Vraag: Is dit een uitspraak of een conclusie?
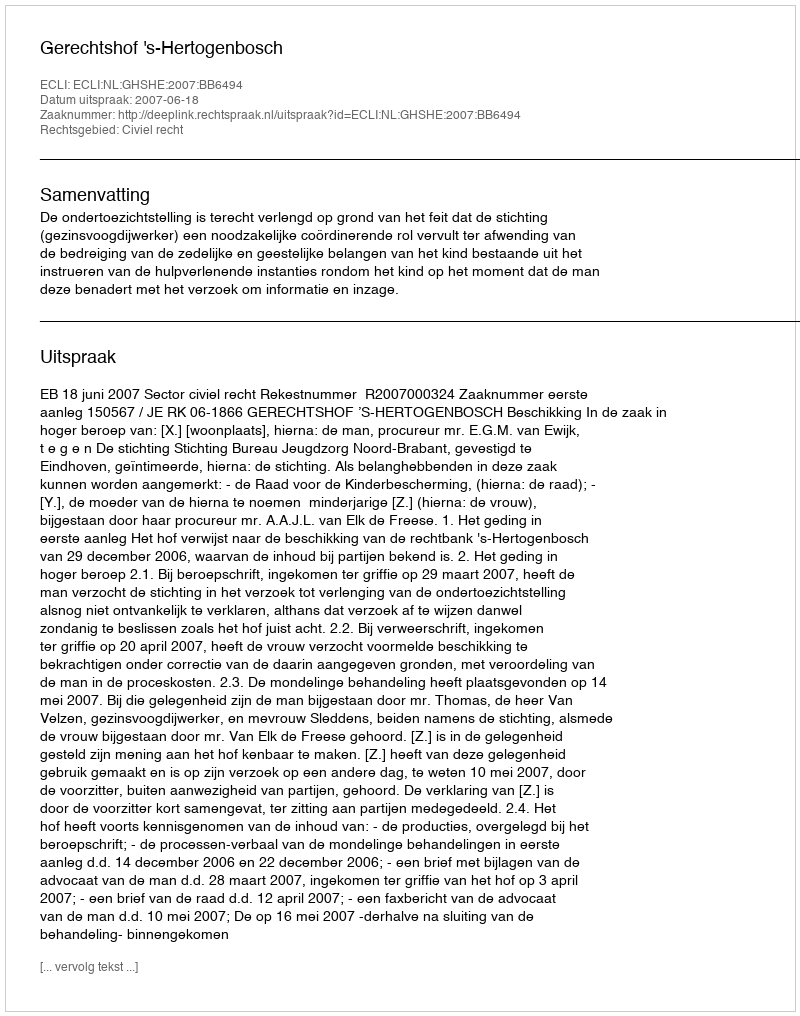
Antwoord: Uitspraak